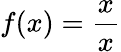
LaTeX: f(x)={\frac{x}{x}}